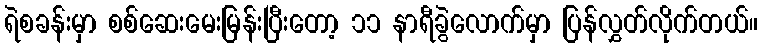
ရဲစခန်းမှာ စစ်ဆေးမေးမြန်းပြီးတော့ ၁၁ နာရီခွဲလောက်မှာ ပြန်လွှတ်လိုက်တယ်။